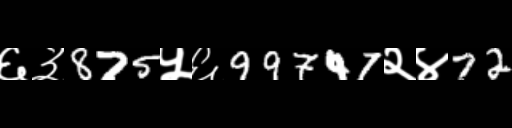
Text: ६३875५६99747२४72